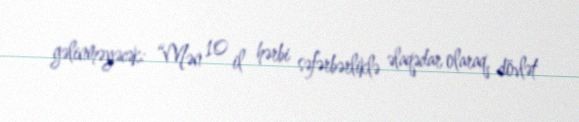
gəlinməyəcək: “Mən 10 il hərbi səfərbərliklə əlaqədar olaraq, dövlət